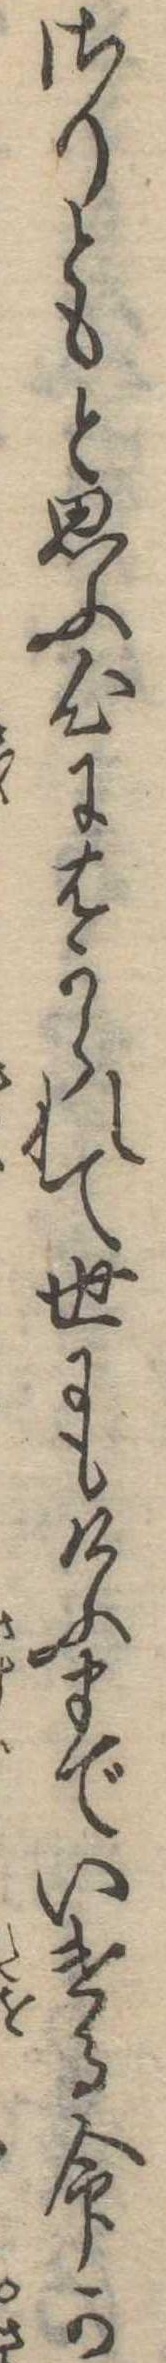
さりともと思ふ心にはかられて世にもけふまでいける命か